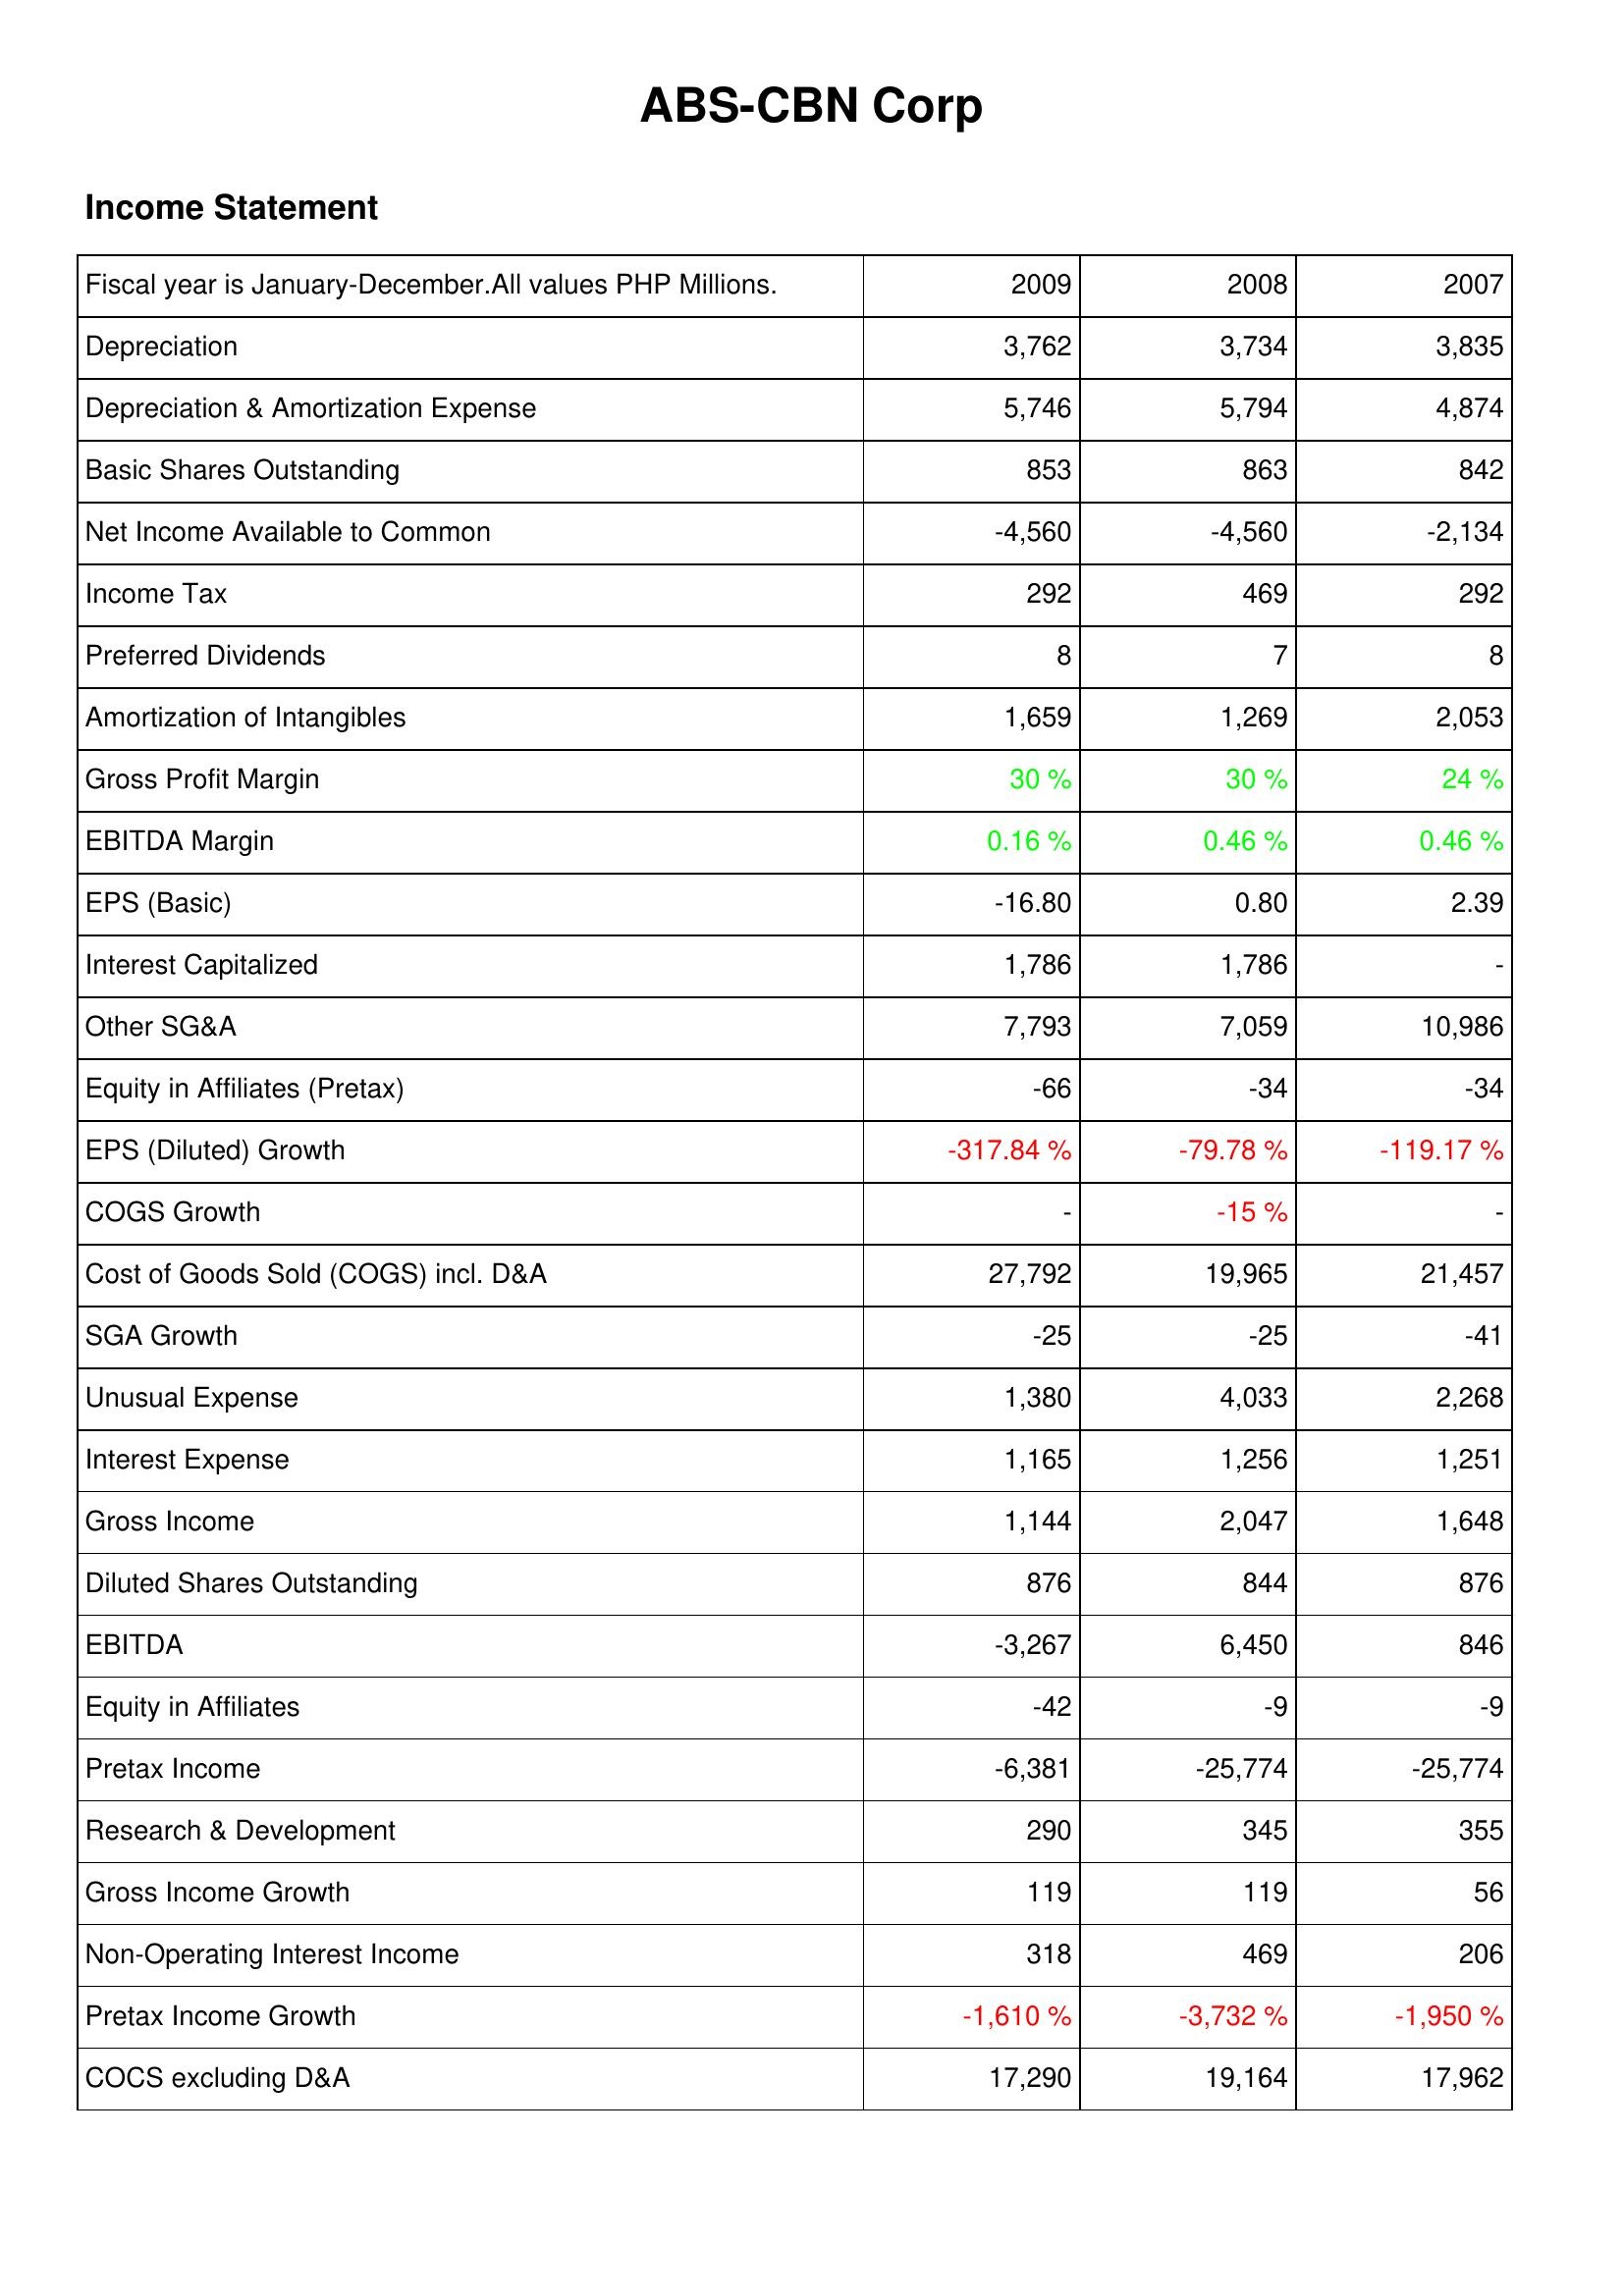
2009: Income Statement: Depreciation: 3,762
Depreciation & Amortization Expense: 5,746
Basic Shares Outstanding: 853
Net Income Available to Common: -4,560
Income Tax: 292
Preferred Dividends: 8
Amortization of Intangibles: 1,659
Gross Profit Margin: 30 %
EBITDA Margin: 0.16 %
EPS (Basic): -16.80
Interest Capitalized: 1,786
Other SG&A: 7,793
Equity in Affiliates (Pretax): -66
EPS (Diluted) Growth: -317.84 %
COGS Growth: -
Cost of Goods Sold (COGS) incl. D&A: 27,792
SGA Growth: -25
Unusual Expense: 1,380
Interest Expense: 1,165
Gross Income: 1,144
Diluted Shares Outstanding: 876
EBITDA: -3,267
Equity in Affiliates: -42
Pretax Income: -6,381
Research & Development: 290
Gross Income Growth: 119
Non-Operating Interest Income: 318
Pretax Income Growth: -1,610 %
COCS excluding D&A: 17,290
2008: Income Statement: Depreciation: 3,734
Depreciation & Amortization Expense: 5,794
Basic Shares Outstanding: 863
Net Income Available to Common: -4,560
Income Tax: 469
Preferred Dividends: 7
Amortization of Intangibles: 1,269
Gross Profit Margin: 30 %
EBITDA Margin: 0.46 %
EPS (Basic): 0.80
Interest Capitalized: 1,786
Other SG&A: 7,059
Equity in Affiliates (Pretax): -34
EPS (Diluted) Growth: -79.78 %
COGS Growth: -15 %
Cost of Goods Sold (COGS) incl. D&A: 19,965
SGA Growth: -25
Unusual Expense: 4,033
Interest Expense: 1,256
Gross Income: 2,047
Diluted Shares Outstanding: 844
EBITDA: 6,450
Equity in Affiliates: -9
Pretax Income: -25,774
Research & Development: 345
Gross Income Growth: 119
Non-Operating Interest Income: 469
Pretax Income Growth: -3,732 %
COCS excluding D&A: 19,164
2007: Income Statement: Depreciation: 3,835
Depreciation & Amortization Expense: 4,874
Basic Shares Outstanding: 842
Net Income Available to Common: -2,134
Income Tax: 292
Preferred Dividends: 8
Amortization of Intangibles: 2,053
Gross Profit Margin: 24 %
EBITDA Margin: 0.46 %
EPS (Basic): 2.39
Interest Capitalized: -
Other SG&A: 10,986
Equity in Affiliates (Pretax): -34
EPS (Diluted) Growth: -119.17 %
COGS Growth: -
Cost of Goods Sold (COGS) incl. D&A: 21,457
SGA Growth: -41
Unusual Expense: 2,268
Interest Expense: 1,251
Gross Income: 1,648
Diluted Shares Outstanding: 876
EBITDA: 846
Equity in Affiliates: -9
Pretax Income: -25,774
Research & Development: 355
Gross Income Growth: 56
Non-Operating Interest Income: 206
Pretax Income Growth: -1,950 %
COCS excluding D&A: 17,962